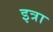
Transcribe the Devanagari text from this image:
इत्रा